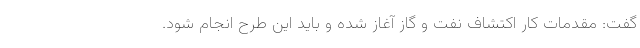
گفت: مقدمات کار اکتشاف نفت و گاز آغاز شده و باید این طرح انجام شود.